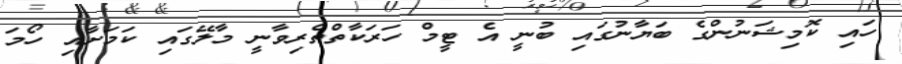
ހައި ކޮމިޝަނުންގެ ބަޔާނުގައި ބުނީ އެ ޓީމް ހަރަކާތްތެރިވާނީ މާލޭގައި ކަމަށާއި ހޯމަ